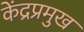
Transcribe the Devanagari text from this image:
केंद्रप्रमुख